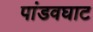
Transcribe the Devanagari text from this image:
पांडवघाट